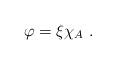
LaTeX: \begin{align*}\varphi = \xi \chi_{A}\ .\end{align*}